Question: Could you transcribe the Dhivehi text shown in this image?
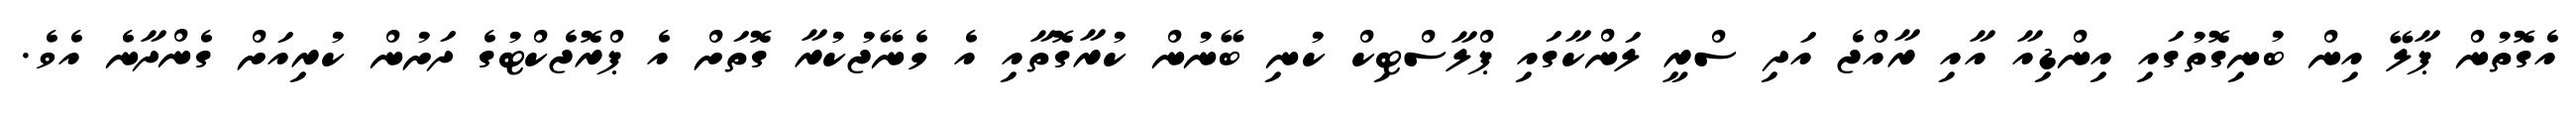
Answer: އެގޮތުން ޕާލޭ އިން ބުނިގޮތުގައި އިންޑިއާ އާއި ރާއްޖެ އަދި ސްރީ ލަންކާގައި ޕްލާސްޓިކް ކުނި ބޭނުން ކުރާގޮތާއި އެ މެނޭޖުކުރާ ގޮތަށް އެ ޕްރޮޖެކްޓުގެ ދަށުން ކުރިއަށް ގެންދާނެ އެވެ.